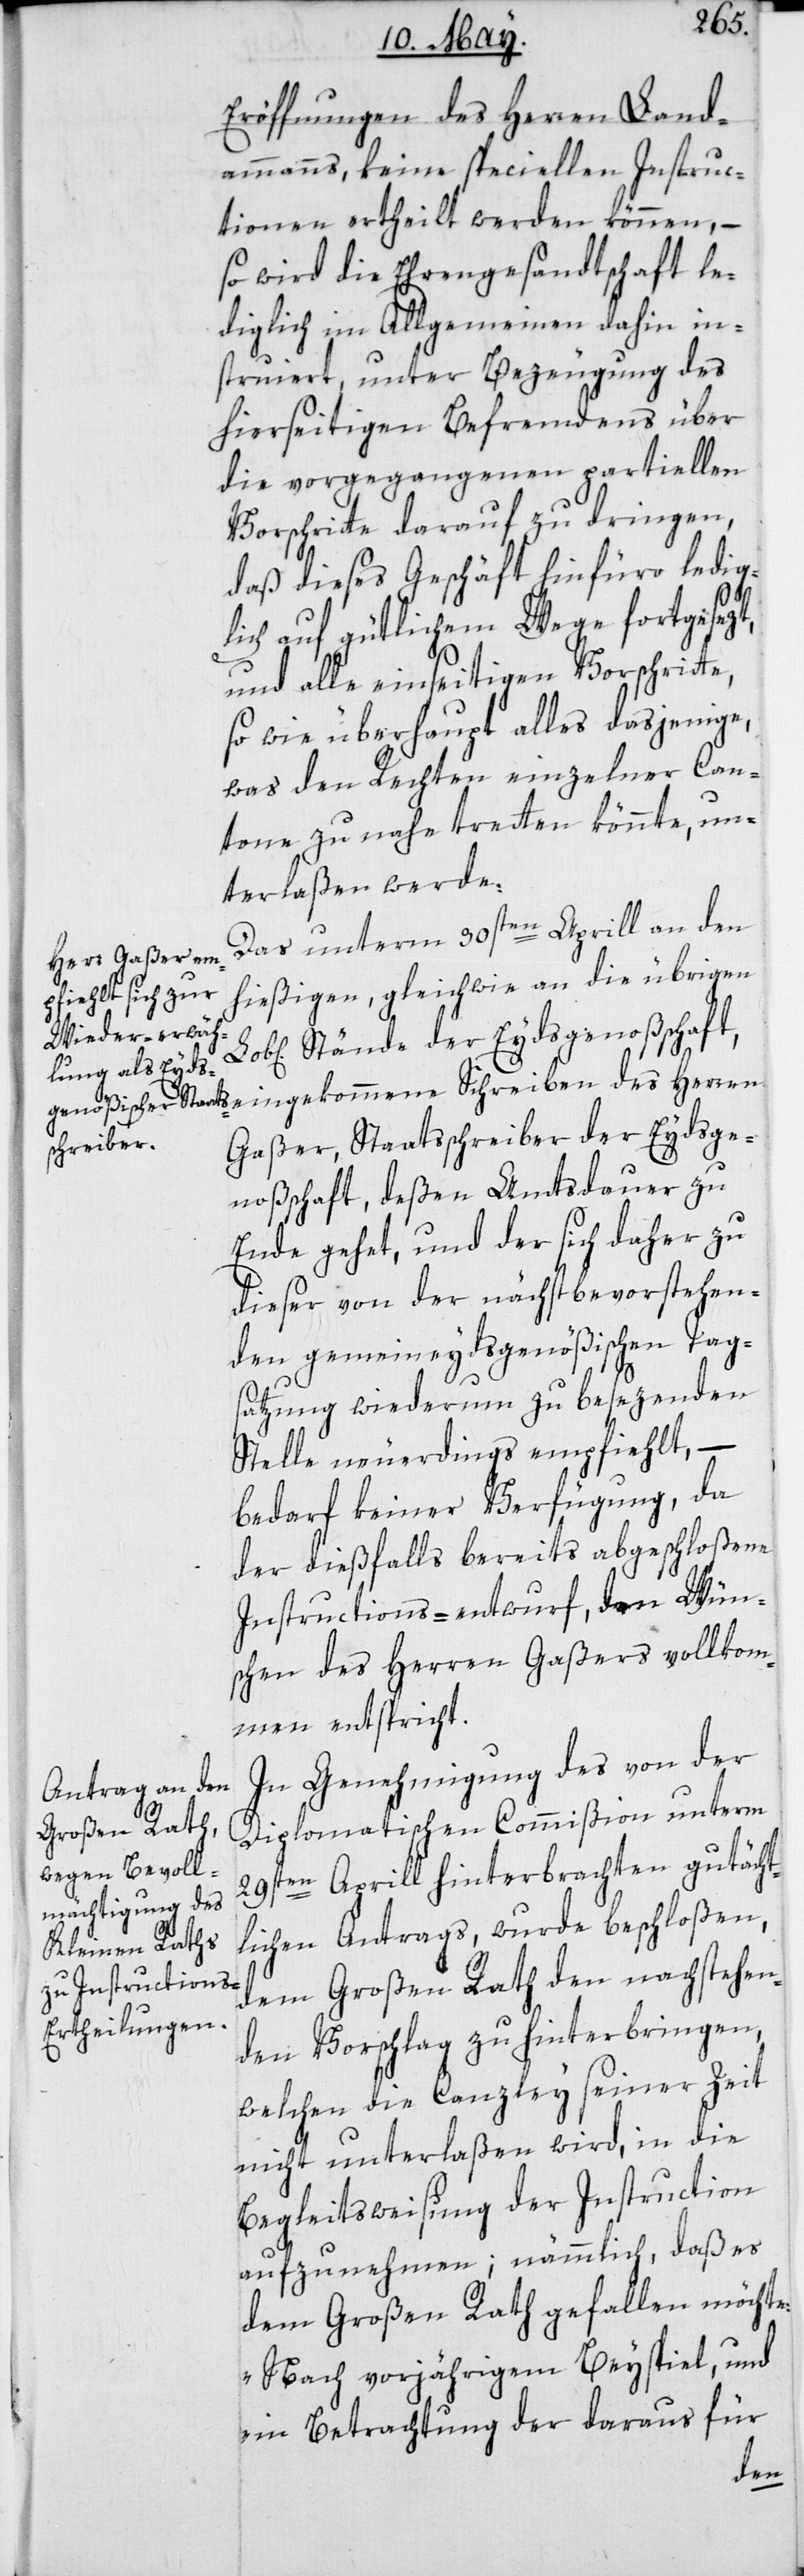
Das unterm 30sten Aprill an den
hießigen, gleichwie an die übrigen
Stände der Eydsgenoßschaft,
Gaßer, Staatsschreiber der Eydsge¬
Schreiben
noßschaft, deßen Amtsdauer zu
Ende gehet, und der sich daher zu
dieser von der nächstbevorstehen¬
den gemeineydsgenößischen Tag¬
satzung wiederum zu besezenden
Stelle neuerdings empfiehlt, –
bedarf keiner Verfügung, da
der dießfalls bereits abgeschloßene
Instructions-entwurf, den Wün¬
schen des Herren Gaßers vollkom¬
men entspricht.
In Genehmigung des von der
Diplomatischen Commißion unterm
29sten Aprill hinterbrachten gutächt¬
lichen Antrags, wurde beschloßen,
dem Großen Rath den nachstehen¬
den Vorschlag zu hinterbringen,
welchen die Canzley seiner Zeit
nicht unterlaßen wird, in die
Begleitsweisung der Instruction
aufzunehmen; nämmlich, daß es
dem Großen Rath gefallen möchte:
„Nach vorjährigem Beyspiel, und
in Betrachtung der daraus für
des